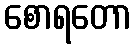
စောရတော